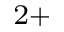
^ { 2 + }